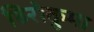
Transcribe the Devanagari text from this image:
हिरोकुमा